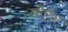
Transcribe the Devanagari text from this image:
लौटेंग